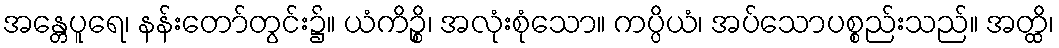
အန္တေပူရေ၊ နန်းတော်တွင်း၌။ ယံကိဉ္စိ၊ အလုံးစုံသော။ ကပ္ပိယံ၊ အပ်သောပစ္စည်းသည်။ အတ္ထိ၊